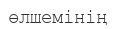
өлшемінің